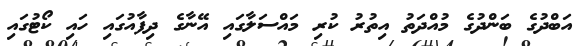
އަބްދުގެ ބަންދުގެ މުއްދަތު އިތުރު ކުރި މައްސަލާގައި އޭނާގެ ދިފާއުގައި ހައި ކޯޓުގައި